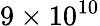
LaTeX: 9\times 10^{10}